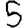
Digit: 5